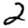
Digit: 2